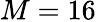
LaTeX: M=16